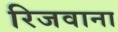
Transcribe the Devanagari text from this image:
रिजवाना